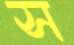
স